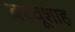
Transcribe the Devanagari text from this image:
बच्चूशाह